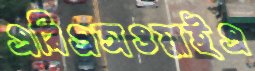
এবিএসওয়াইএ